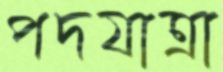
পদযাত্রা